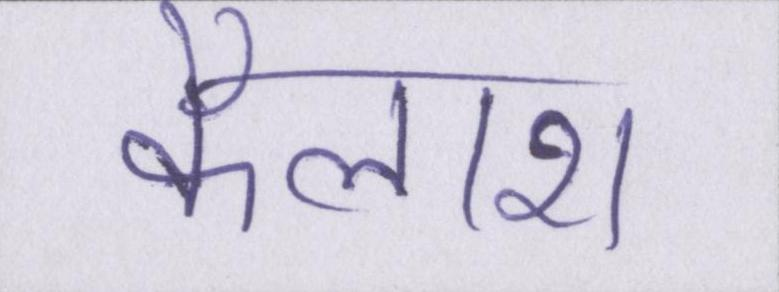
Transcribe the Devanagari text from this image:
कैलाश